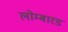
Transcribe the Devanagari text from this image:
लोम्बारड